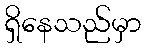
ရှိနေသည်မှာ